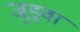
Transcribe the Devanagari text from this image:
जुड़्वा